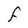
Character: F